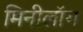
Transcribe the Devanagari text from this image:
मिनीलॉग